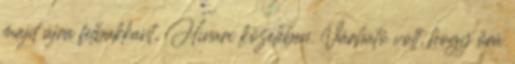
majd újra felbukkant, Hinari közelében. Várható volt, hogy őrá